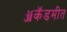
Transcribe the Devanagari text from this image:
ॲकॅडमीत